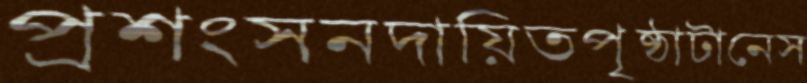
প্রশংসনদায়িতপৃষ্ঠাটানেস